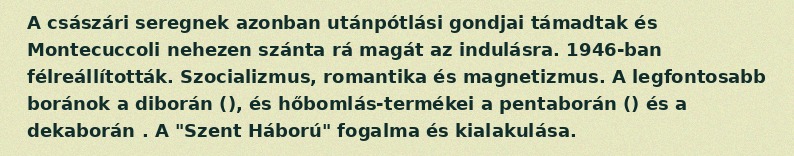
A császári seregnek azonban utánpótlási gondjai támadtak és Montecuccoli nehezen szánta rá magát az indulásra. 1946-ban félreállították. Szocializmus, romantika és magnetizmus. A legfontosabb boránok a diborán (), és hőbomlás-termékei a pentaborán () és a dekaborán . A "Szent Háború" fogalma és kialakulása.